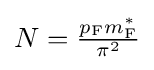
{\textstyle N={\frac {p_{\mathrm {F} }m_{\mathrm {F} }^{*}}{\pi ^{2}}}}